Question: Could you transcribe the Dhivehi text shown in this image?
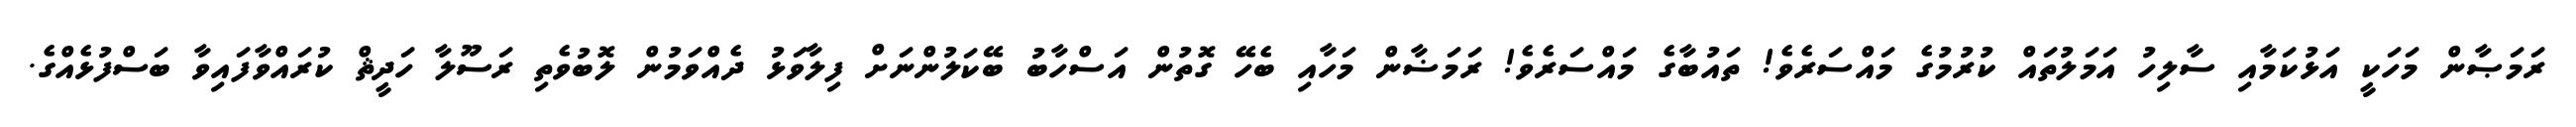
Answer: ރަމަޞާން މަހަކީ އަޅުކަމާއި ސާލިހު އަމަލުތައް ކުރުމުގެ މައްސަރެވެ! ތައުބާގެ މައްސަރެވެ! ރަމަޟާން މަހާއި ބެހޭ ގޮތުން އަސްހާބު ބޭކަލުންނަށް ފިލާވަޅު ދެއްވަމުން ލޮބުވެތި ރަސޫލާ ހަދީޘް ކުރައްވާފައިވާ ބަސްފުޅެއްގެ.